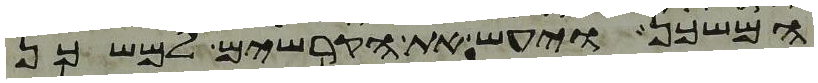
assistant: המשכן ויעש את הקרשים למשכן